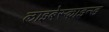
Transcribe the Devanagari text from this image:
लाइबेस्काइन्ड